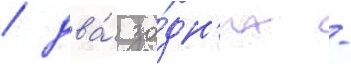
/ два́ за́дн'их -